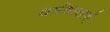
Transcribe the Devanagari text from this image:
धर्मधालाएं